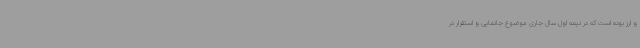
و ارز بوده است که در نیمه اول سال جاری موضوع جانمایی و استقرار در